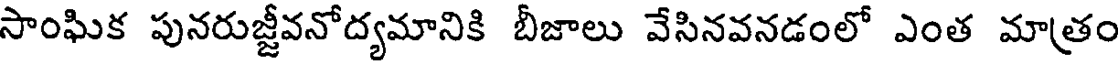
సాంఘిక పునరుజ్జీవనోద్యమానికి బీజాలు వేసినవనడంలో ఎంత మాత్రం